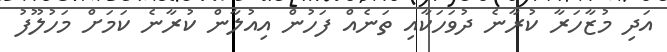
އަދި މުޒާހަރާ ކުރާނެ ދުވަހަކާއި ތަނެއް ފަހުން އިއުލާން ކުރާނެ ކަމަށް މަހުލޫފު